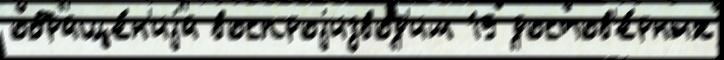
обраще́н'иjа воспроjизвод'им 19 достов'е́рных